Annual vaccination report of Bihar and Orissa - 1911-1928
Year: 1911
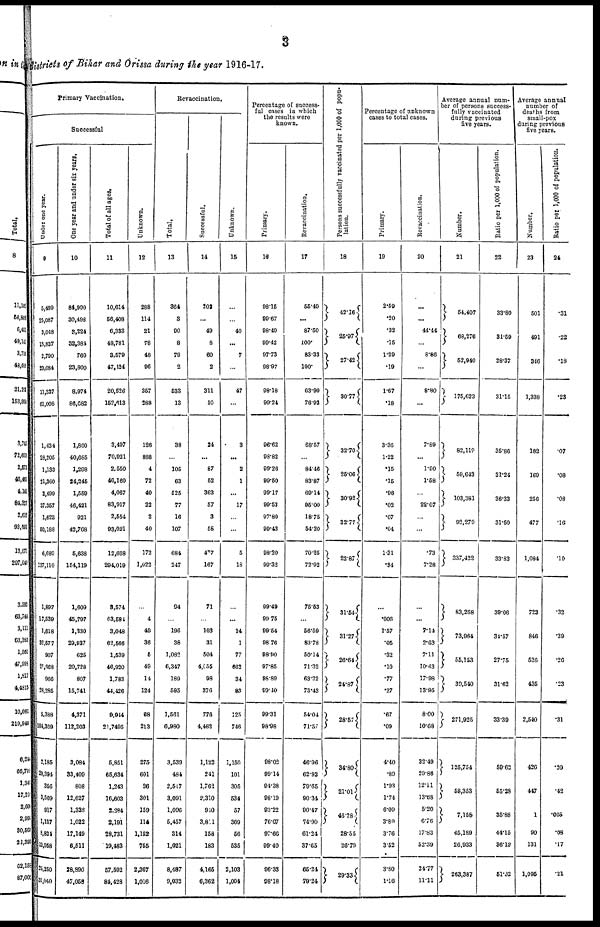
3
districts of Bihar and Orissa during the year 1916-17.
Primary Vaccination.
Successful
Under one year.
9
5,499
25,087
3,048
15,837
2,790
20,084
11,337
61,008
1,434
28,205
1,133
21,360
2,499
37,357
1,623
50,188
6,689
137,110
1,897
17,539
1,618
32,577
907
25,968
966
28,285
5,388
104,369
2,185
29,394
356
3,509
917
1,137
5,834
12.958
25,250
31,040
One year and under six years.
10
84,990
30,498
3,224
32,384
760
23,800
8,974
86,682
1,860
40,685
1,298
24,245
1,559
46,421
921
42,768
5,638
154,119
1,609
45,797
1,330
29,937
625
20,728
807
15,741
4,371
112,203
3,084
33,409
808
12,627
1,338
1,022
17,149
6,511
28,890
47,058
Total of all ages.
11
10,614
56,408
6,333
48,781
3,579
47,424
20,526
152,413
3,497
70,921
2,550
46,160
4,067
83,917
2,554
93,021
12,668
294,019
8,574
63,584
3,048
62,566
1,539
46,920
1,783
44,426
9,944
21,7496
5,851
65,634
1,243
16,603
2,284
2,191
28,731
19,483
57,592
84,428
Unknown.
12
288
114
21
78
48
96
357
288
126
888
4
72
40
22
2
40
172
1,022
...
4
49
36
5
49
14
124
68
213
275
601
26
301
159
114
1,152
755
2,367
1,016
Revaccination.
Total.
13
364
3
90
8
79
2
533
13
38
...
105
63
525
77
16
107
684
247
94
...
196
38
1,082
6,347
189
595
1,561
6,980
3,539
484
2,517
3,091
1,096
5,457
314
1,021
8,487
9,032
Successful.
14
202
...
49
8
60
2
311
10
24
...
87
52
363
57
3
58
477
167
71
...
103
31
504
4,055
98
376
776
4,462
1,122
241
1,762
2,310
910
3,811
158
183
4,165
6,362
Unknown.
15
...
...
40
...
7
...
47
...
3
...
2
1
...
17
...
...
5
18
...
...
14
1
77
662
34
83
125
746
1,150
101
305
534
57
369
56
535
2,103
1,004
Percentage of success-
ful cases in which
the results were
known.
Primary.
16
98.15
99.67
98.49
99.42
97.73
98.97
98.18
99.24
96.62
98.82
99.26
99.50
99.17
99.53
97.80
99.43
98.20
99.32
99.49
99.75
99.54
98.76
98.90
97.85
98.89
99.40
99.31
98.98
98.0.2
99.14
94.38
98.19
93.22
76.07
97.66
99.40
96.33
98.18
Revaccination.
17
55.49
...
87.50
100.
83.33
100.
63.90
76.92
68.57
...
84.46
83.87
69.14
95.00
18.75
54.20
70.25
72.92
75.53
...
56.59
83.78
50.14
71.32
63.22
73.43
54.04
71.57
46.96
62.92
79.65
90.34
90.47
74.90
61.24
37.65
65.24
79.24
Persons successfully vaccinated per 1,000 of popu-
lation.
18
42.16
25.97
27.42
30.77
32.70
25.06
30.92
32.77
22.87
31. 54
31.27
26.64
24.87
28.57
34.80
21.01
46.28
28.55
26.79
29.33
Percentage of unknown
cases to total cases.
Primary.
19
2.59
.20
.32
.15
1.29
.19
1.67
.18
3.36
1.22
.15
.15
.96
.02
.07
.04
1.31
.34
...
.006
1.57
.05
.32
.10
.77
.27
.67
.09
4.40
.89
1.93
1.74
6.09
3.80
3.76
3.52
3.80
1.16
Revaccination.
20
...
...
44.44
...
8.86
...
8.80
...
7.89
...
1.00
1.58
...
22.07
...
...
.73
7.28
...
...
7.14
2.63
7.11
10.43
17.98
13.95
8.00
10.68
32.49
20.86
12.11
13.68
5.20
6.76
17.83
52.39
24.77
11.11
Average annual num¬
ber of persons success-
fully vaccinated
during previous
five years.
Number.
21
54,407
68,276
52,940
175,623
82,119
59,643
103,381
92,279
337,422
83,268
73,964
55,153
39,540
271,925
125,754
58,353
7,158
45,189
26,933
263,387
Ratio per 1,000 of population.
22
33.80
31.59
28.37
31.15
35.86
31.24
36.33
31.50
33.83
39.06
34.57
27.75
31.62
33.39
59.62
55.28
35.88
44.15
36.12
51.32
Average annual
number of
deaths from
small-pox
during previous
five years.
Number.
23
501
491
346
1,338
182
169
256
477
1,084
723
846
536
435
2,540
426
447
1
90
131
1,095
Ratio per 1,000 of population.
24
.31
.22
.18
.23
.07
.08
.08
.16
.10
.32
.39
.26
.23
.31
.20
.42
.005
.08
.17
.21